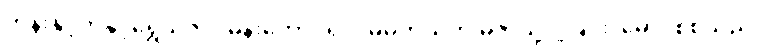
ဘုန်းနှင့်ကံနှင့်ရွှေသဇင်၊ မန်းတောင်ရိပ်၊ မိမိကိုယ်ကို မဲဇာသို့ ပို့ခြင်း၊ မောင်စစ်သည်၊